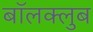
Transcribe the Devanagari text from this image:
बॉलक्लुब